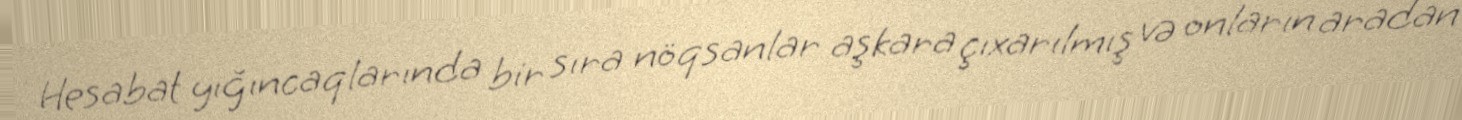
Hesabat yığıncaqlarında bir sıra nöqsanlar aşkara çıxarılmış və onların aradan